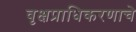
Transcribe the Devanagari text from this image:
वृक्षप्राधिकरणाचे